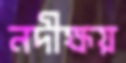
নদীক্ষয়